Civil Veterinary Dept. North-West Frontier Province 1901-22 - 1901-1922
Year: 1901
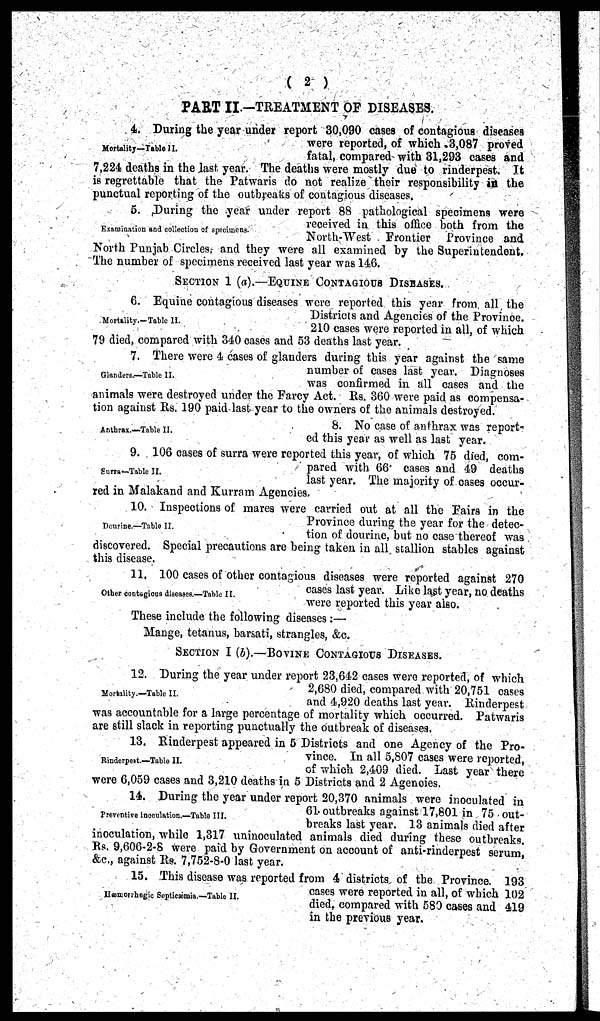
(2)
PART II.—TREATMENT OF DISEASES.
Mortality—Table II.
4. During the year under report 30,090 cases of contagious diseases
were reported, of which 3,087 proved
fatal, compared with 31,293 cases and
7,224 deaths in the last year. The deaths were mostly due to rinderpest. It
is regrettable that the Patwaris do not realize their responsibility in the
punctual reporting of the outbreaks of contagious diseases.
Examination and collection of specimens.
5. During the year under report 88 pathological specimens were
received in this office both from the
North-West Frontier Province and
North Punjab Circles and they were all examined by the Superintendent.
The number of specimens received last year was 146.
SECTION 1 (a).—EQUINE CONTAGIOUS DISEASES.
Mortality.-Table II.
6. Equine contagious diseases were reported this year from all the
Districts and Agencies of the Province.
210 cases were reported in all, of which
79 died, compared with 340 cases and 53 deaths last year.
Glanders.—Table II.
7. There were 4 cases of glanders during this year against the same
number of cases last year. Diagnoses
was confirmed in all cases and the
animals were destroyed under the Farcy Act. Rs. 360 were paid as compensa-
tion against Rs. 190 paid last year to the owners of the animals destroyed.
Anthrax.—Table II.
8. No case of anthrax was report-
ed this year as well as last year.
Surra—Table II.
9. 106 cases of surra were reported this year, of which 75 died, com-
pared with 66. cases and 49 deaths
last year. The majority of oases occur-
red in Malakand and Kurram Agencies.
Dourine.—Table II.
10. Inspections of mares were carried out at all the Fairs in the
Province during the year for the detec-
tion of dourine, but no case thereof was
discovered. Special precautions are being taken in all stallion stables against
this disease.
Other contagious diseases.—Table II.
11. 100 cases of other contagious diseases were reported against 270
cases last year. Like last year, no deaths
were reported this year also.
These include the following diseases:—
Mange, tetanus, barsati, strangles, &c.
SECTION I (b).—BOVINE CONTAGIOUS DISEASES.
Mortality.—Table II.
12. During the year under report 23,642 cases were reported, of which
2,680 died, compared with 20,751 cases
and 4,920 deaths last year. Rinderpest
was accountable for a large percentage of mortality which occurred. Patwaris
are still slack in reporting punctually the outbreak of diseases.
Rinderpest.—Table II.
13. Rinderpest appeared in 5 Districts and one Agency of the Pro-
vince. In all 5,807 cases were reported,
of which 2,409 died. Last year there
were 6,059 cases and 3,210 deaths in 5 Districts and 2 Agencies.
Preventive inoculation.—Table III.
14. During the year under report 20,370 animals were inoculated in
61. outbreaks against 17,801 in 75 out-
breaks last year. 13 animals died after
inoculation, while 1,317 uninoculated animals died during these outbreaks.
Rs. 9,606-2-8 were paid by Government on account of anti-rinderpest serum,
&c., against Rs. 7,752-8-0 last year.
Hæmorrhagic Septicæmia.—Table II.
15. This disease was reported from 4 districts of the Province. 193
cases were reported in all, of which 102
died, compared with 580 cases and 419
in the previous year.